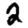
Digit: 2